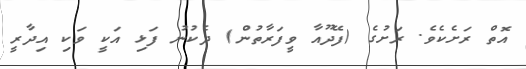
އޮތް ރަށެކެވެ. ރަށުގެ (ފޭދޫއާ ވީފަރާތުން) ދެކުނު ފަޅި އަކީ ވަކި އިދާރީ